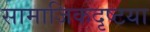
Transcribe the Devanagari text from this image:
सामाजिकदृष्‍टया